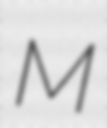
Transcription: M